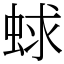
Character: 蛷